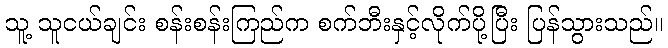
သူ့ သူငယ်ချင်း စန်းစန်းကြည်က စက်ဘီးနှင့်လိုက်ပို့ပြီး ပြန်သွားသည်။